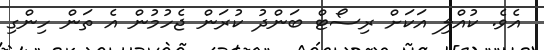
އެވެ. ކުއްލި އަކަށް ރިސޯޓް ބަންދު ކުރަން ޖެހުމުން އެ ތަން ހިންގި